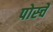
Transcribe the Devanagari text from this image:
पोर्स्चे